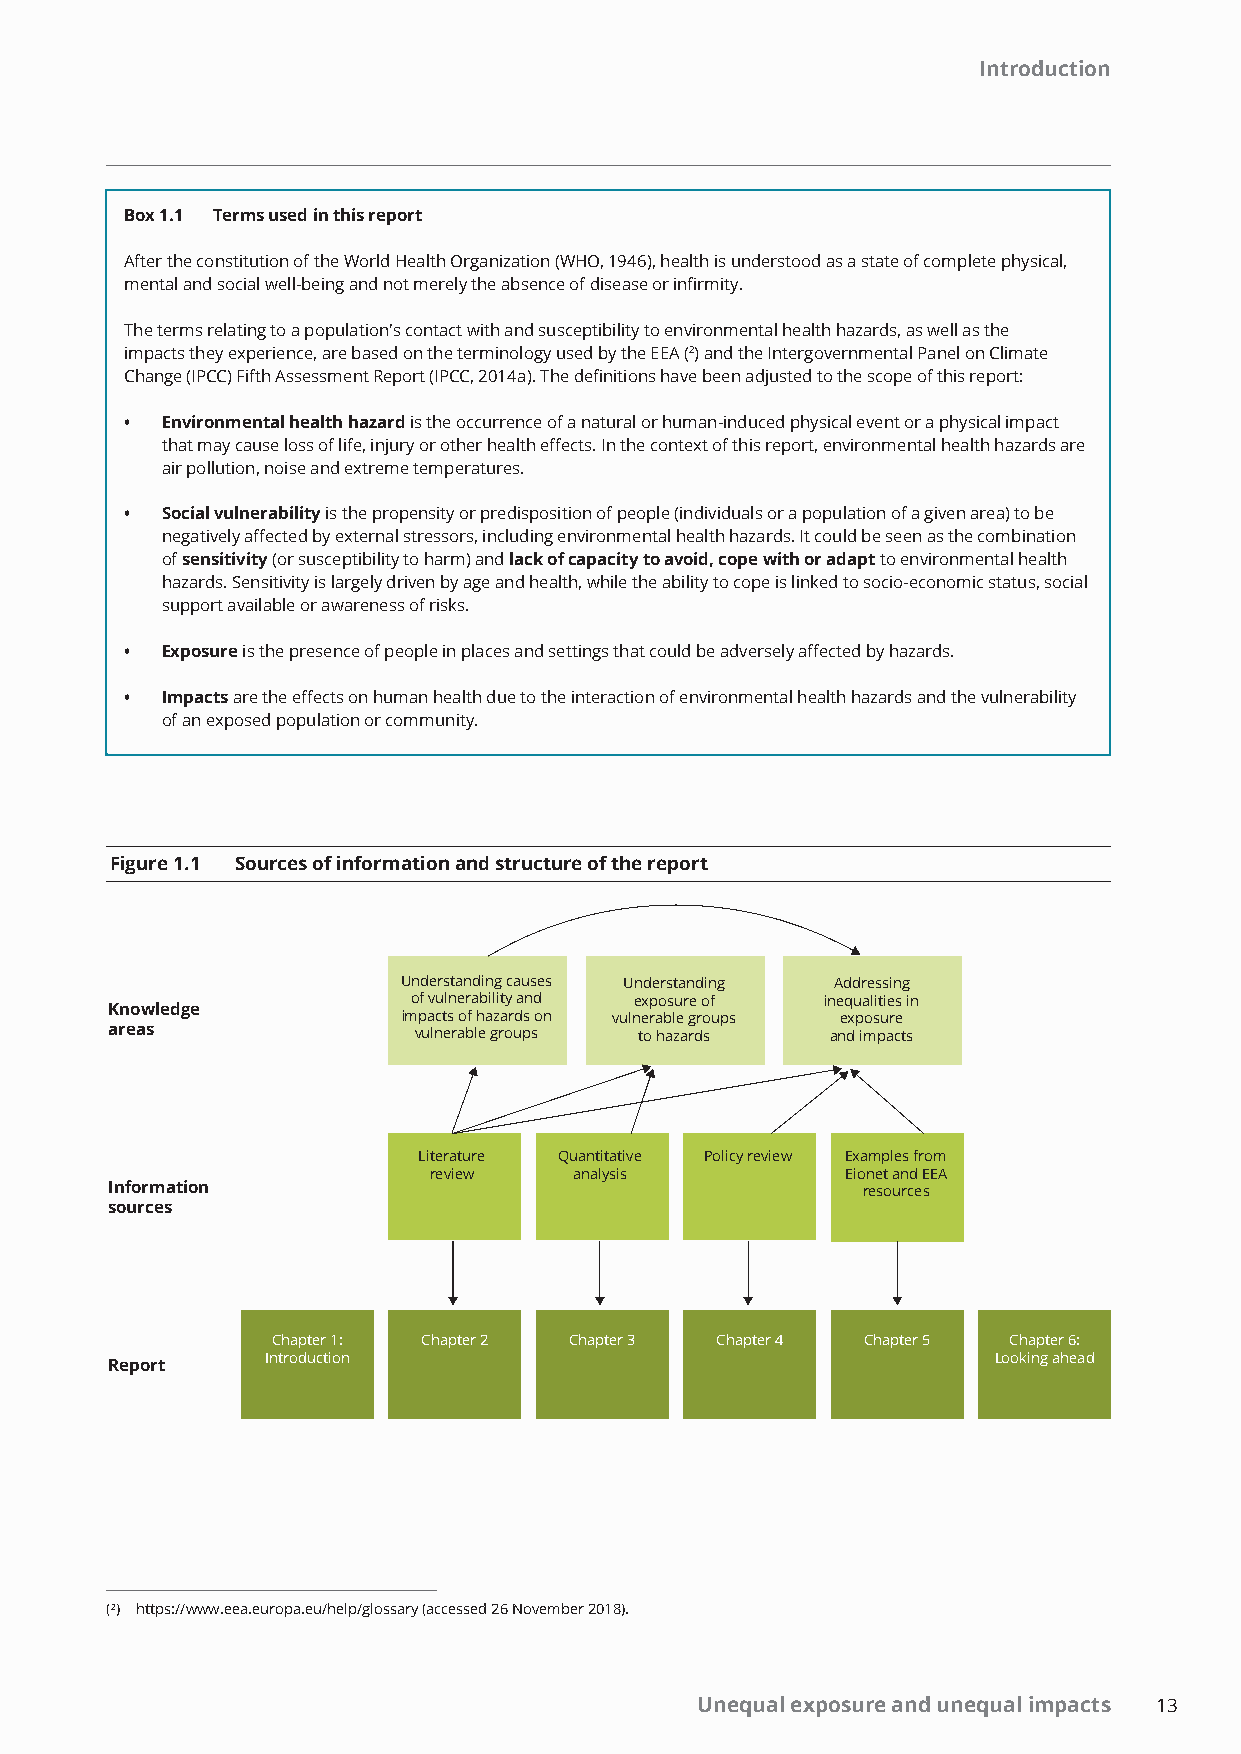
Introduction
 Box 1.1 Terms used in this report
 After the constitution of the World Health Organization (WHO, 1946), health is understood as a state of complete physical,
 mental and social well-being and not merely the absence of disease or infirmity.
 The terms relating to a population's contact with and susceptibility to environmental health hazards, as well as the
 impacts they experience, are based on the terminology used by the EEA (2) and the Intergovernmental Panel on Climate
 Change (IPCC) Fifth Assessment Report (IPCC, 2014a). The definitions have been adjusted to the scope of this report:
 •  Environmental health hazard is the occurrence of a natural or human-induced physical event or a physical impact
 that may cause loss of life, injury or other health effects. In the context of this report, environmental health hazards are
 air pollution, noise and extreme temperatures.
 •  Social vulnerability is the propensity or predisposition of people (individuals or a population of a given area) to be
 negatively affected by external stressors, including environmental health hazards. It could be seen as the combination
 of sensitivity (or susceptibility to harm) and lack of capacity to avoid, cope with or adapt to environmental health
 hazards. Sensitivity is largely driven by age and health, while the ability to cope is linked to socio-economic status, social
 support available or awareness of risks.
 •  Exposure is the presence of people in places and settings that could be adversely affected by hazards.
 •  Impacts are the effects on human health due to the interaction of environmental health hazards and the vulnerability
 of an exposed population or community.
 Figure 1.1 Sources of information and structure of the report
 Understanding causes Understanding Addressing
 of vulnerability and exposure of inequalities in
 Knowledge
 impacts of hazards on vulnerable groups exposure
 areas               vulnerable groups to hazards and impacts
 Literature Quantitative Policy review Examples from
 review    analysis          Eionet and EEA
 Information                                       resources
 sources
 Chapter 1: Chapter 2 Chapter 3 Chapter 4 Chapter 5 Chapter 6:
 Introduction                                    Looking ahead
 Report
 (2) https://www.eea.europa.eu/help/glossary (accessed 26 November 2018).
 Unequal exposure and unequal impacts 13